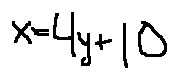
x = 4 y + 1 0